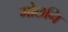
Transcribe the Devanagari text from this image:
मोछनि